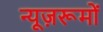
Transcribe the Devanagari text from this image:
न्यूज़रूमों